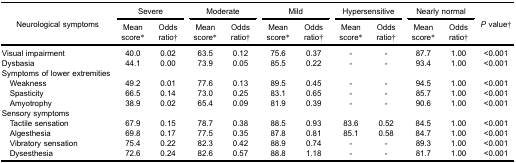
| <ROWSPAN=3> Neurological symptoms | <COLSPAN=2> Severe | <COLSPAN=2> Moderate | <COLSPAN=2> Mild | <COLSPAN=2> Hypersensitive | <COLSPAN=2> Nearly normal | <ROWSPAN=3> P value† |
 | Mean score* | Odds ratio† | Mean score* | Odds ratio† | Mean score* | Odds ratio† | Mean score* | Odds ratio† | Mean score* | Odds ratio† |
 | --- | --- | --- | --- | --- | --- | --- | --- | --- | --- | --- | --- |
 | Visual impairment | 40.0 | 0.02 | 63.5 | 0.12 | 75.6 | 0.37 | - | - | 87.7 | 1.00 | <0.001 |
 | Dysbasia | 44.1 | 0.00 | 73.9 | 0.05 | 85.5 | 0.22 | - | - | 93.4 | 1.00 | <0.001 |
 | Symptoms of lower extremities |  |  |  |  |  |  |  |  |  |  |  |
 | Weakness | 49.2 | 0.01 | 77.6 | 0.13 | 89.5 | 0.45 | - | - | 94.5 | 1.00 | <0.001 |
 | Spasticity | 66.5 | 0.14 | 73.0 | 0.25 | 83.1 | 0.65 | - | - | 85.7 | 1.00 | <0.001 |
 | Amyotrophy | 38.9 | 0.02 | 65.4 | 0.09 | 81.9 | 0.39 | - | - | 90.6 | 1.00 | <0.001 |
 | Sensory symptoms |  |  |  |  |  |  |  |  |  |  |  |
 | Tactile sensation | 67.9 | 0.15 | 78.7 | 0.38 | 88.5 | 0.93 | 83.6 | 0.52 | 84.5 | 1.00 | <0.001 |
 | Algesthesia | 69.8 | 0.17 | 77.5 | 0.35 | 87.8 | 0.81 | 85.1 | 0.58 | 84.7 | 1.00 | <0.001 |
 | Vibratory sensation | 75.4 | 0.22 | 82.3 | 0.42 | 88.9 | 0.74 | - | - | 89.3 | 1.00 | <0.001 |
 | Dysesthesia | 72.6 | 0.24 | 82.6 | 0.57 | 88.8 | 1.18 | - | - | 81.7 | 1.00 | <0.001 |